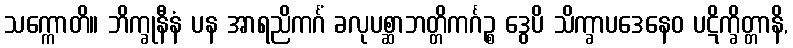
သက္ကောတိ။ ဘိက္ခုနီနံ ပန အာရညိကင်္ဂံ ခလုပစ္ဆာဘတ္တိကင်္ဂဉ္စ ဒွေပိ သိက္ခာပဒေနေဝ ပဋိက္ခိတ္တာနိ,